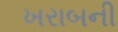
ખરાબની